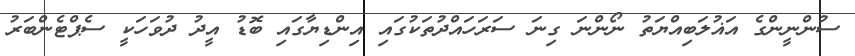
ސުންނީންގެ އަޣުލަބިއްޔަތު ނޯންނަ ގިނަ ސަރަހައްދުތަކުގައި އިންޑިޔާގައި ބޮޑު އީދު ދުވަހަކީ ސެޕްޓެންބަރު